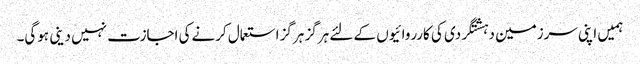
ہمیں اپنی سرزمین دہشتگردی کی کارروائیوں کے لئے ہرگز ہرگز استعمال کرنےکی اجازت نہیں دینی ہوگی۔